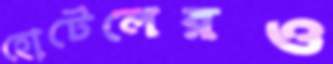
হোটেলেরও